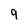
Character: 9